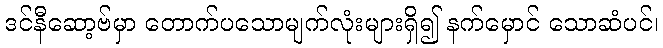
ဒင်နီဆော့ဗ်မှာ တောက်ပသောမျက်လုံးများရှိ၍ နက်မှောင် သောဆံပင်၊